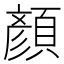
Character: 顏